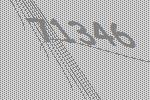
71346